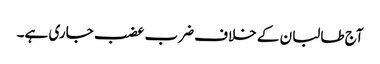
آج طالبان کے خلاف ضرب عضب جاری ہے۔